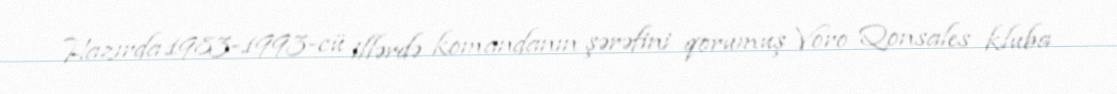
Hazırda 1983-1993-cü illərdə komandanın şərəfini qorumuş Voro Qonsales kluba